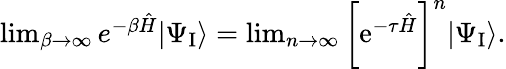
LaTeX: \begin{array}{r}{\operatorname*{lim}_{\beta\to\infty}e^{-\beta\hat{H}}|\Psi_{\mathrm{I}}\rangle=\operatorname*{lim}_{n\to\infty}\bigg[\mathrm{e}^{-\tau\hat{H}}\bigg]^{n}|\Psi_{\mathrm{I}}\rangle.}\end{array}